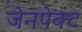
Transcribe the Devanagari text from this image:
जेनपेक्ट